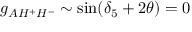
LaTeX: g _ { A H ^ { + } H ^ { - } } \sim \sin ( \delta _ { 5 } + 2 \theta ) = 0